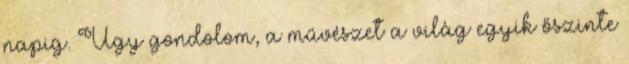
napig. Úgy gondolom, a művészet a világ egyik őszinte